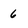
Character: 6